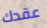
عقدك